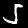
Label: 5